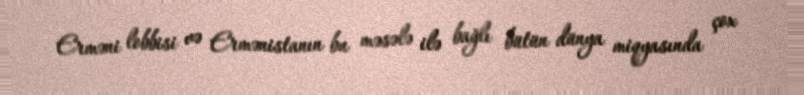
Erməni lobbisi və Ermənistanın bu məsələ ilə bağlı bütün dünya miqyasında çox